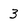
Character: 3